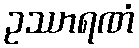
ဥဿာရဏံ